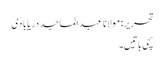
تحریر: مولانا عبد الماجد دریابادی
سچی باتیں۔